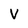
Character: V